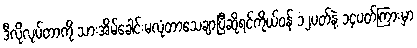
ဒီလိုလုပ်တာကို သားအိမ်ခေါင်းမလုံတာသေချာပြီဆိုရင်ကိုယ်ဝန် ၁၂ပတ်နဲ့ ၁၄ပတ်ကြားမှာ